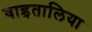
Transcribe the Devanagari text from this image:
वाइतालिया